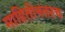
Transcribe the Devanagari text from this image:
माहितीनंतरच